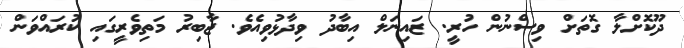
ދޫކޮށްލާ ގޮތަށް ވިސްނުން ހުރީ. ޒައިނަލް އިބާދު ވިދާޅުވިއެވެ. ޖާބިރު މަތިވެރީގައި ކުރައްވަން